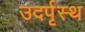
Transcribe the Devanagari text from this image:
उदर्पृस्थ